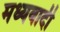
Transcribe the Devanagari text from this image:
मध्यवादी